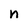
Character: n